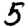
Digit: 5